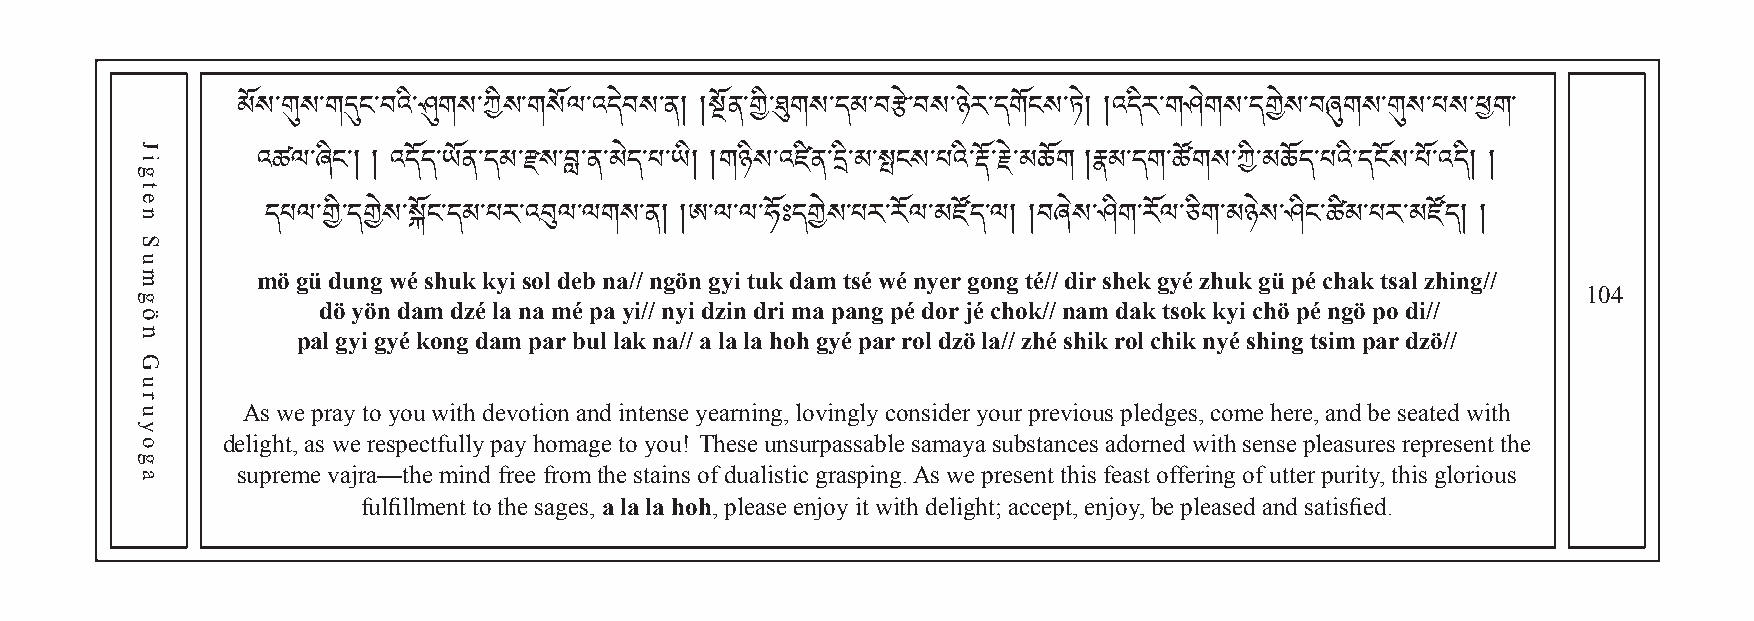
མོས་གུས་གདུང་བའི་ཤུགས་ཀིས་གསོལ་འདེབས་ན། །སྔོན་ ག ི་ ཐུ གས་དམ་བརྩེ་བས་ཉེར་དགོངས་ཏེ། །འདིར་གཤེགས་དགེས་བཞུགས་གུས་པས་ཕག་
 འཚལ་ཞིང༌། ། འདོད་ཡོན་དམ་རས་བླ་ན་མེད་པ་ཡི། །གཉིས་འཛིན་དི་མ་སངས་པའི་རོ་རེ་མཆོག །རྣམ་དག་ཚོགས་ཀི་མཆོད་པའི་དངོས་པོ་འདི། །
 mདöཔ gལü་ག dི་uདnགgེས w་སé sོངh་དukམ ་kཔyརi ་sའoབུl dལe་bལ གnaས//་ ནn།g ö།nཨ g་ལyi་ལ tu་ཧkོཿ dདaགmེས t་sཔéར w་རé ོལny་མerཛ gོདo་ལng། t།éབ//ཞ dེསir་ ཤshིགe་kར gོལy་éཅ zིགh་uམkཉ ེgསü་ཤ pིéང ་cཚhིམak་པ tརsa་མl zཛhོདin།g །//
 104
 dö yön dam dzé la na mé pa yi// nyi dzin dri ma pang pé dor jé chok// nam dak tsok kyi chö pé ngö po di//
 pal gyi gyé kong dam par bul lak na// a la la hoh gyé par rol dzö la// zhé shik rol chik nyé shing tsim par dzö//
 As we pray to you with devotion and intense yearning, lovingly consider your previous pledges, come here, and be seated with
 delight, as we respectfully pay homage to you! These unsurpassable samaya substances adorned with sense pleasures represent the
 supreme vajra—the mind free from the stains of dualistic grasping. As we present this feast offering of utter purity, this glorious
 fulfillment to the sages, a la la hoh, please enjoy it with delight; accept, enjoy, be pleased and satisfied.
 Jigten
 Sumgön
 Guruyoga